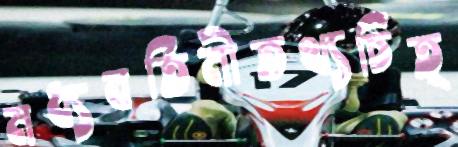
মধ্যবর্তিনীতথ্যচিত্